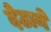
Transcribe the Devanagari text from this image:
देठाने